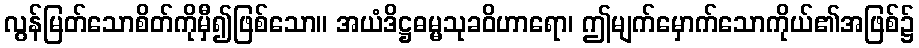
လွန်မြတ်သောစိတ်ကိုမှီ၍ဖြစ်သော။ အယံဒိဋ္ဌဓမ္မသုခဝိဟာရော၊ ဤမျက်မှောက်သောကိုယ်၏အဖြစ်၌